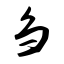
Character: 刍